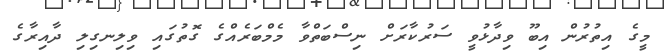
މީގެ އިތުރުން އިބޫ ވިދާޅުވީ ސަރުކާރަށް ނިސްބަތްވާ މެމްބަރެއްގެ ގޮތުގައި ވިލިނގިލި ދާއިރާގެ